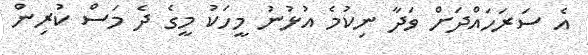
އެ ސަރަހައްދަށް ވަދާ ނިކުމެ އުޅުނު މީހަކު މީގެ ދެ މަސް ކުރިން